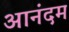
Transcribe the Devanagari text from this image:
आनंदम